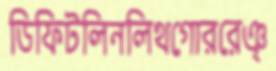
ডিফিটলিনলিথগোররেঞ্